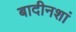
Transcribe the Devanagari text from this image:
बादीनशां